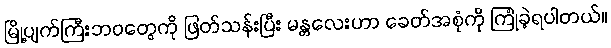
မြို့ပျက်ကြီးဘဝတွေကို ဖြတ်သန်းပြီး မန္တလေးဟာ ခေတ်အစုံကို ကြုံခဲ့ရပါတယ်။